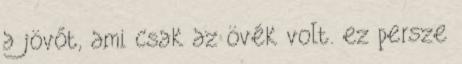
a jövőt, ami csak az övék volt. ez persze